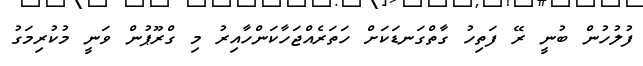
ފުލުހުން ބުނީ ރޭ ފަތިހު ގާތްގަނޑަކަށް ހަތަރެއްޖަހާކަންހާއިރު މި ގްރޫޕުން ވަނީ މުކުރިމަގު